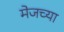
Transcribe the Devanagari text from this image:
मेजच्या